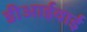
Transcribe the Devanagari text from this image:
डीआईवाई